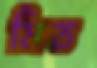
মিত